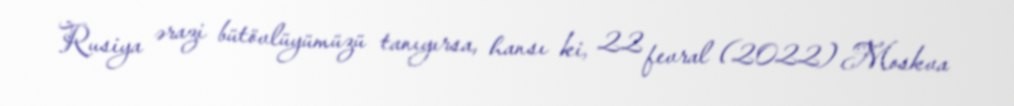
Rusiya ərazi bütövlüyümüzü tanıyırsa, hansı ki, 22 fevral (2022) Moskva